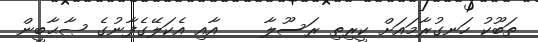
ތަބޫކު ހަނގުރާމައަށް ކީރިތި ރަސޫލާ    އާއި އެކަލޭގެފާނުގެ ޞާޙާބީން